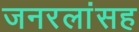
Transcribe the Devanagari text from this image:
जनरलांसह